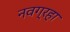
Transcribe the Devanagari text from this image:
नवग्रहा